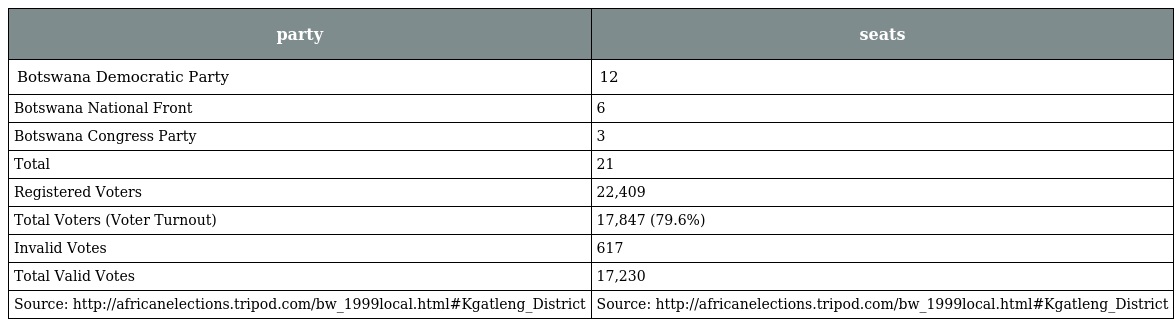
| party | seats |
 | --- | --- |
 | Botswana Democratic Party | 12 |
 | Botswana National Front | 6 |
 | Botswana Congress Party | 3 |
 | Total | 21 |
 | Registered Voters | 22,409 |
 | Total Voters (Voter Turnout) | 17,847 (79.6%) |
 | Invalid Votes | 617 |
 | Total Valid Votes | 17,230 |
 | Source: http://africanelections.tripod.com/bw_1999local.html#Kgatleng_District | Source: http://africanelections.tripod.com/bw_1999local.html#Kgatleng_District |